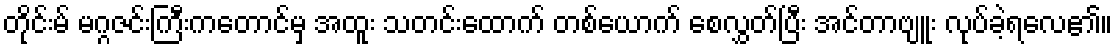
တိုင်းမ် မဂ္ဂဇင်းကြီးကတောင်မှ အထူး သတင်းထောက် တစ်ယောက် စေလွှတ်ပြီး အင်တာဗျူး လုပ်ခဲ့ရလေ၏။